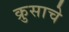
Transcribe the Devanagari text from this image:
क्रुसाचे